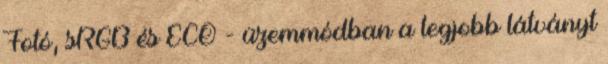
Fotó, sRGB és ECO - üzemmódban a legjobb látványt